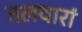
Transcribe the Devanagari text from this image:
तलवारां